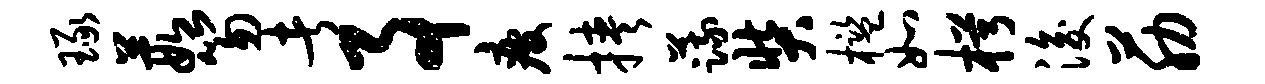
琢葭笏者事疲挟蔬奘槛如枵浚筋